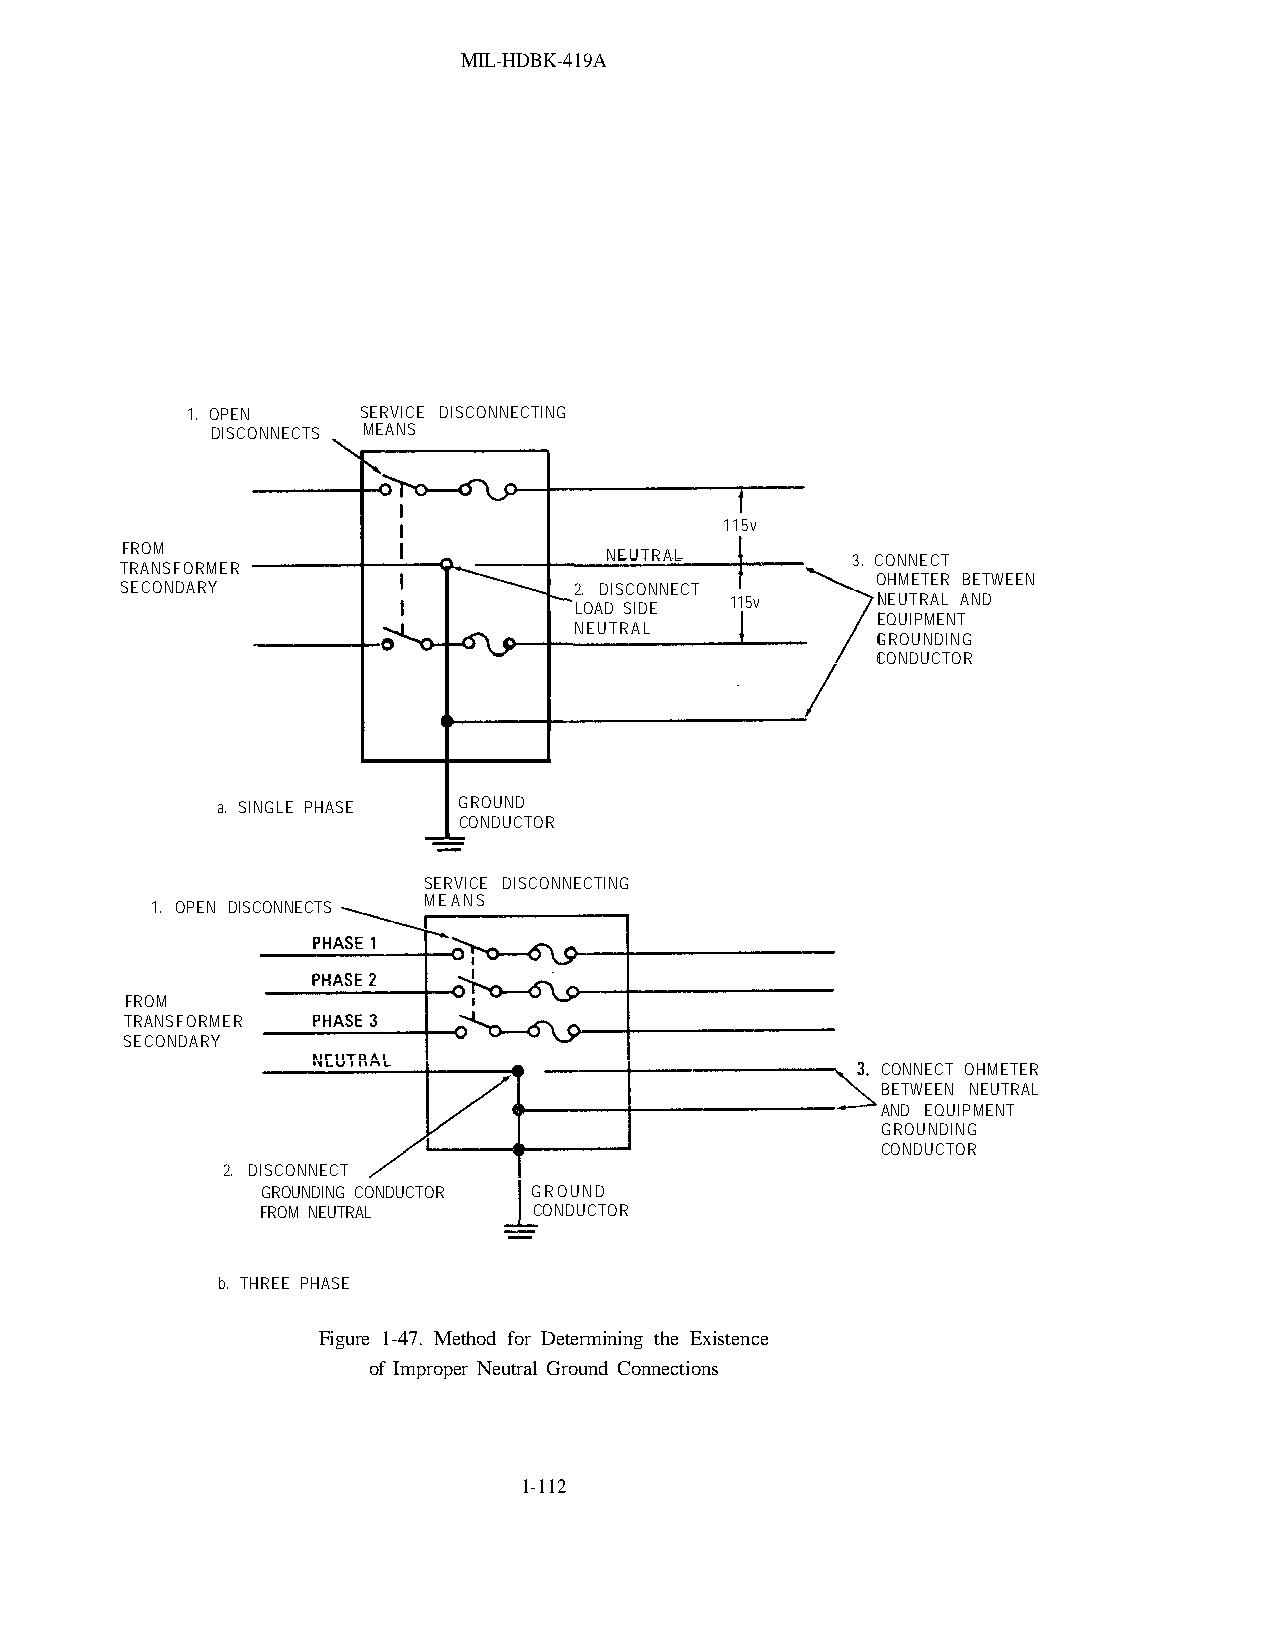
MIL-HDBK-419A
 1. OPEN     SERVICE DISCONNECTING
 DISCONNECTS MEANS
 115v
 FROM
 NEUTRAL         3. CONNECT
 TRANSFORMER
 OHMETER BETWEEN
 SECONDARY                     2. DISCONNECT
 LOAD SIDE 115v      NEUTRAL AND
 EQUIPMENT
 NEUTRAL
 GROUNDING
 CONDUCTOR
 a. SINGLE PHASE GROUND
 CONDUCTOR
 SERVICE DISCONNECTING
 MEANS
 1. OPEN DISCONNECTS
 FROM
 TRANSFORMER
 SECONDARY
 CONNECT OHMETER
 BETWEEN NEUTRAL
 AND EQUIPMENT
 GROUNDING
 CONDUCTOR
 2. DISCONNECT
 GROUNDING CONDUCTOR GROUND
 FROM NEUTRAL      CONDUCTOR
 b. THREE PHASE
 Figure 1-47. Method for Determining the Existence
 of Improper Neutral Ground Connections
 1-112